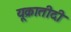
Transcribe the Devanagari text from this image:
यूक्रातीदी